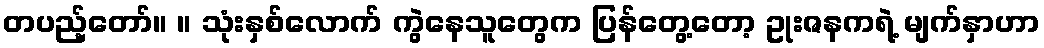
တပည့်တော်။ ။ သုံးနှစ်လောက် ကွဲနေသူတွေက ပြန်တွေ့တော့ ဥုးဇနကရဲ့ မျက်နှာဟာ